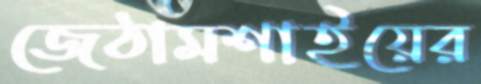
জেঠামশাইয়ের